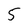
Character: 5